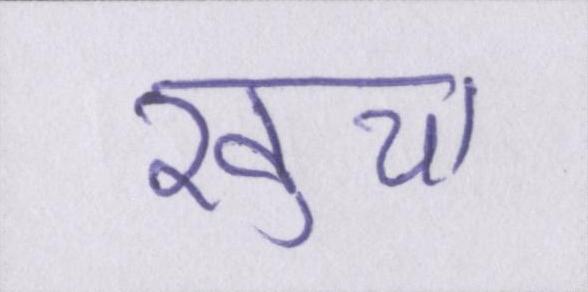
खुचा